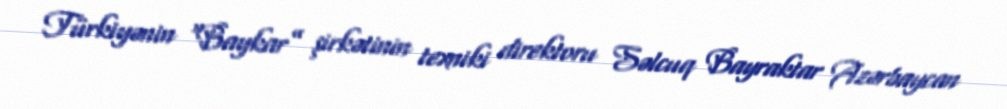
Türkiyənin “Baykar” şirkətinin texniki direktoru Səlcuq Bayraktar Azərbaycan